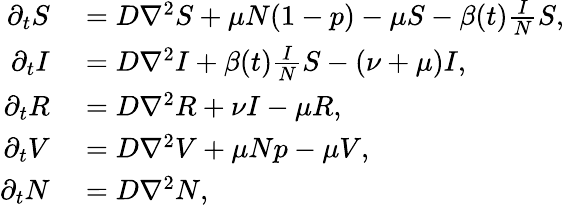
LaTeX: \begin{array}{rl}{\partial_{t}S}&{{}=D\nabla^{2}S+\mu N(1-p)-\mu S-\beta(t)\frac{I}{N}S,}\\ {\partial_{t}I}&{{}=D\nabla^{2}I+\beta(t)\frac{I}{N}S-(\nu+\mu)I,}\\ {\partial_{t}R}&{{}=D\nabla^{2}R+\nu I-\mu R,}\\ {\partial_{t}V}&{{}=D\nabla^{2}V+\mu Np-\mu V,}\\ {\partial_{t}N}&{{}=D\nabla^{2}N,}\end{array}